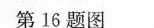
第16题图